Civil Veterinary Department ledger series I-VI
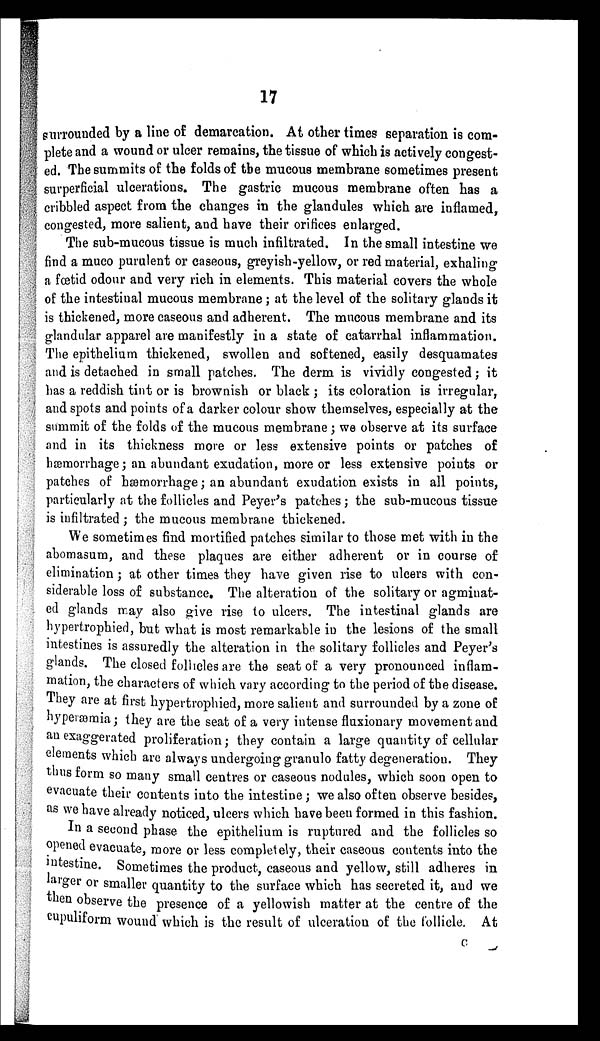
17
surrounded by a line of demarcation. At other times separation is com-
plete and a wound or ulcer remains, the tissue of which is actively congest-
ed. The summits of the folds of the mucous membrane sometimes present
superficial ulcerations. The gastric mucous membrane often has a
cribbled aspect from the changes in the glandules which are inflamed,
congested, more salient, and have their orifices enlarged.
The sub-mucous tissue is much infiltrated. In the small intestine we
find a muco purulent or caseous, greyish-yellow, or red material, exhaling
a fœtid odour and very rich in elements. This material covers the whole
of the intestinal mucous membrane ; at the level of the solitary glands it
is thickened, more caseous and adherent. The mucous membrane and its
glandular apparel are manifestly in a state of catarrhal inflammation.
The epithelium thickened, swollen and softened, easily desquamates
and is detached in small patches. The derm is vividly congested; it
has a reddish tint or is brownish or black ; its coloration is irregular,
and spots and points of a darker colour show themselves, especially at the
summit of the folds of the mucous membrane; we observe at its surface
and in its thickness more or less extensive points or patches of
hæmorrhage ; an abundant exudation, more or less extensive points or
patches of hæmorrhage ; an abundant exudation exists in all points,
particularly at the follicles and Peyer's patches ; the sub-mucous tissue
is infiltrated ; the mucous membrane thickened.
We sometimes find mortified patches similar to those met with in the
abomasum, and these plaques are either adherent or in course of
elimination; at other times they have given rise to ulcers with con-
siderable loss of substance. The alteration of the solitary or agminat-
ed glands may also give rise to ulcers. The intestinal glands are
hypertrophied, but what is most remarkable in the lesions of the small
intestines is assuredly the alteration in the solitary follicles and Peyer's
glands. The closed follicles are the seat of a very pronounced inflam-
mation, the characters of which vary according to the period of the disease.
They are at first hypertrophied, more salient and surrounded by a zone of
hyperæmia ; they are the seat of a very intense fluxionary movement and
an exaggerated proliferation; they contain a large quantity of cellular
elements which are always undergoing granulo fatty degeneration. They
thus form so many small centres or caseous nodules, which soon open to
evacuate their contents into the intestine ; we also often observe besides,
as we have already noticed, ulcers which have been formed in this fashion.
In a second phase the epithelium is ruptured and the follicles so
opened evacuate, more or less completely, their caseous contents into the
intestine. Sometimes the product, caseous and yellow, still adheres in
larger or smaller quantity to the surface which has secreted it, and we
then observe the presence of a yellowish matter at the centre of the
cupuliform wound which is the result of ulceration of the follicle. At
C